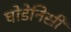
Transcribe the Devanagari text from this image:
घोडेनिसीं